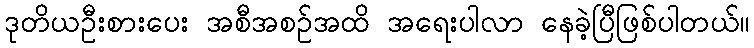
ဒုတိယဦးစားပေး အစီအစဉ်အထိ အရေးပါလာ နေခဲ့ပြီဖြစ်ပါတယ်။